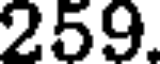
259.